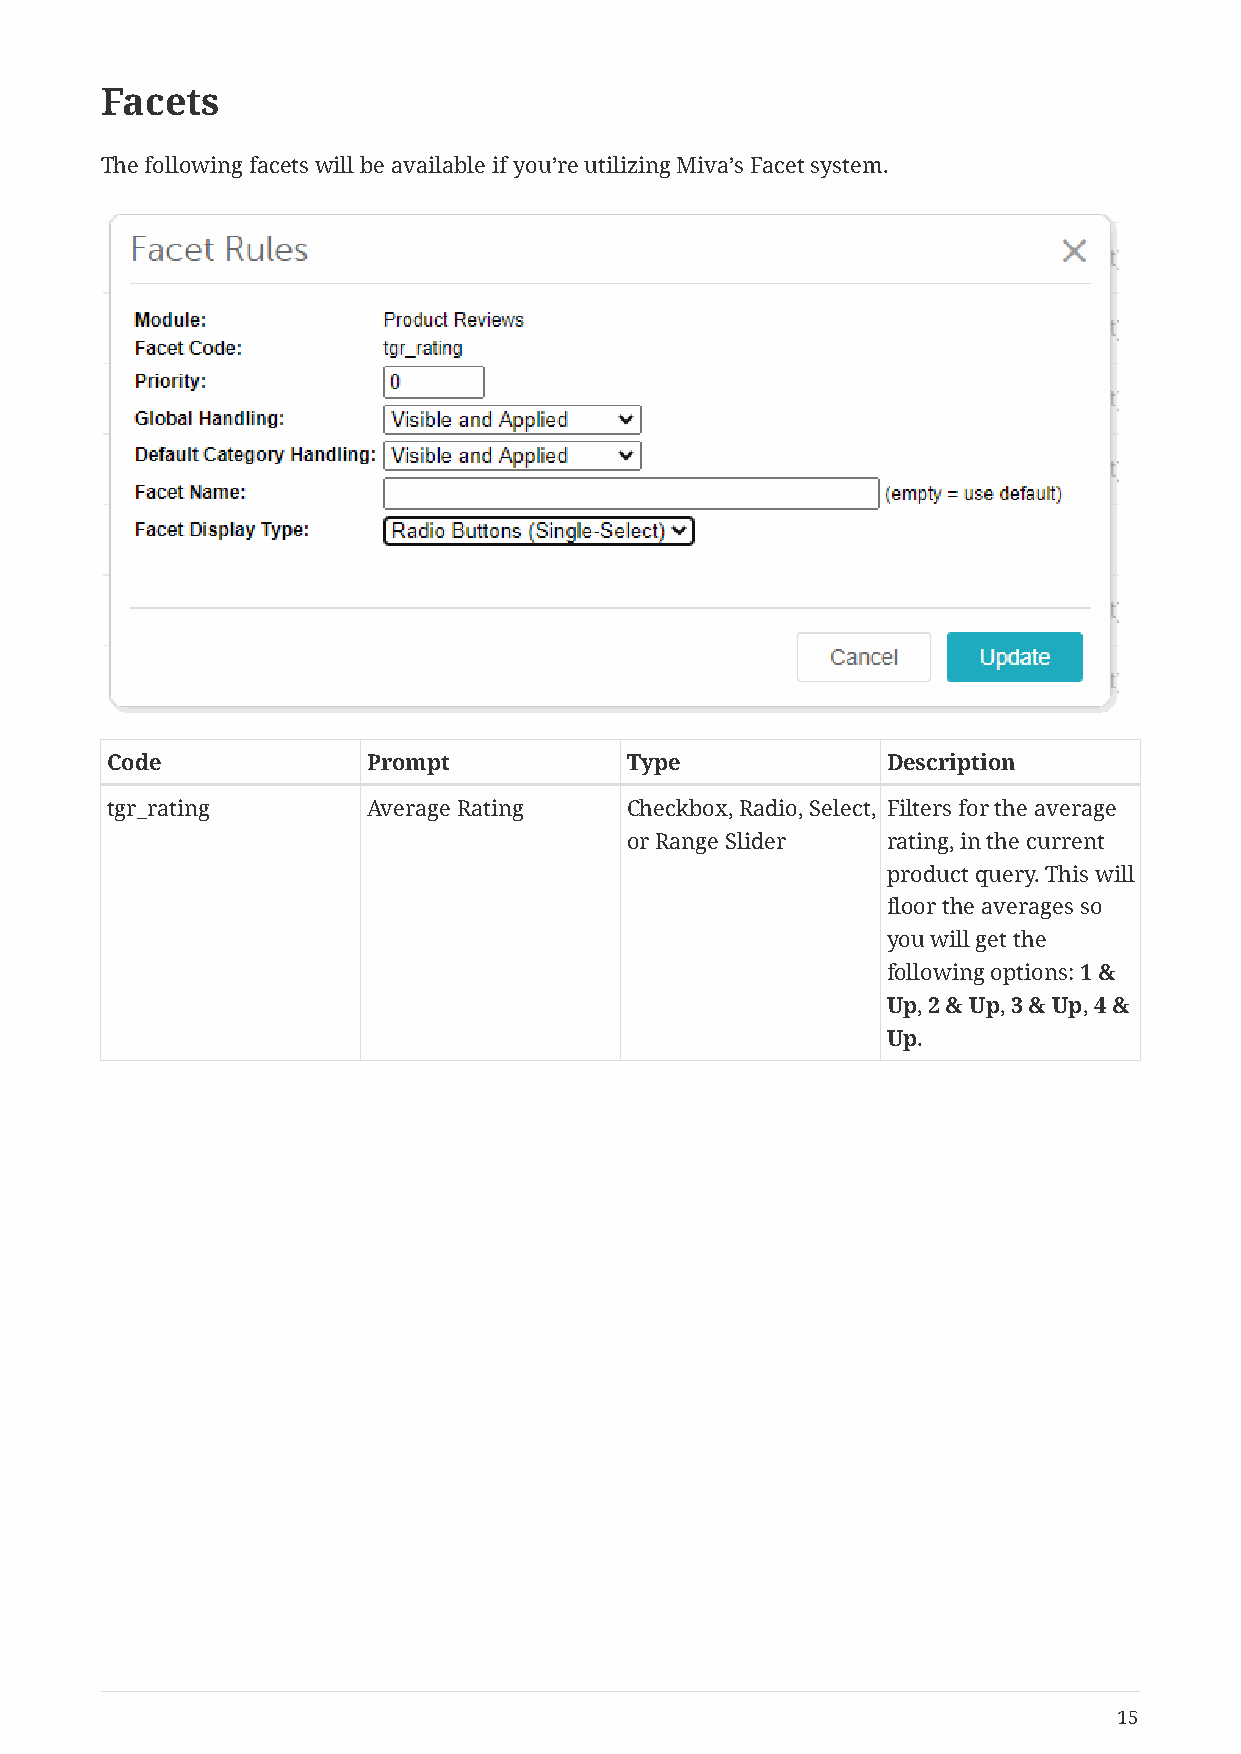
Facets
 The following facets will be available if you’re utilizing Miva’s Facet system.
 Code             Prompt           Type              Description
 tgr_rating       Average Rating   Checkbox, Radio, Select, Filters for the average
 or Range Slider   rating, in the current
 product query. This will
 floor the averages so
 you will get the
 following options: 1 &
 Up, 2 & Up, 3 & Up, 4 &
 Up.
 15